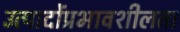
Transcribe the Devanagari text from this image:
उत्पादोंप्रभावशीलता